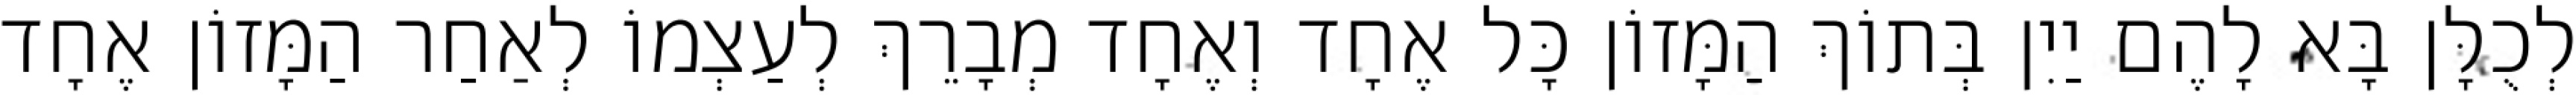
לְכֻלָּן בָּא לָהֶם יַיִן בְּתוֹךְ הַמָּזוֹן כָּל אֶחָד וְאֶחָד מְבָרֵךְ לְעַצְמוֹ לְאַחַר הַמָּזוֹן אֶחָד